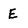
Character: E